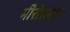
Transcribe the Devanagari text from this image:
मीरोस्लाव